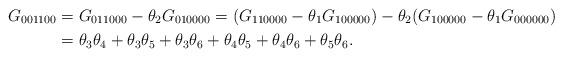
LaTeX: \begin{align*}G_{001100} &= G_{011000} - \theta_2 G_{010000} = (G_{110000} - \theta_1 G_{100000})- \theta_2 (G_{100000} - \theta_1 G_{000000})\\&= \theta_3 \theta_4 + \theta_3 \theta_5 + \theta_3 \theta_6 + \theta_4 \theta_5 + \theta_4 \theta_6 + \theta_5 \theta_6.\end{align*}